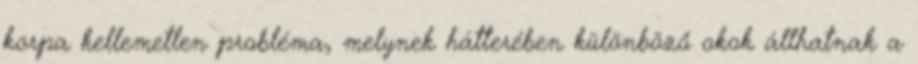
korpa kellemetlen probléma, melynek hátterében különböző okok állhatnak a